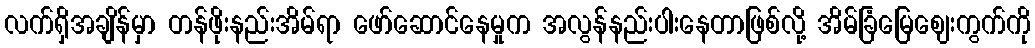
လက်ရှိအချိန်မှာ တန်ဖိုးနည်းအိမ်ရာ ဖော်ဆောင်နေမှုက အလွန်နည်းပါးနေတာဖြစ်လို့ အိမ်ခြံမြေဈေးကွက်ကို